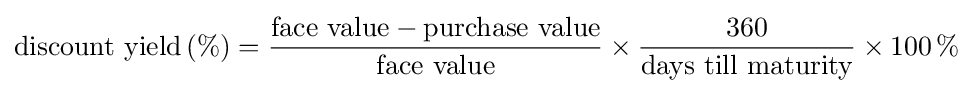
{\text{discount yield}}\,(\%)={\frac {{\text{face value}}-{\text{purchase value}}}{\text{face value}}}\times {\frac {360}{\text{days till maturity}}}\times 100\,\%